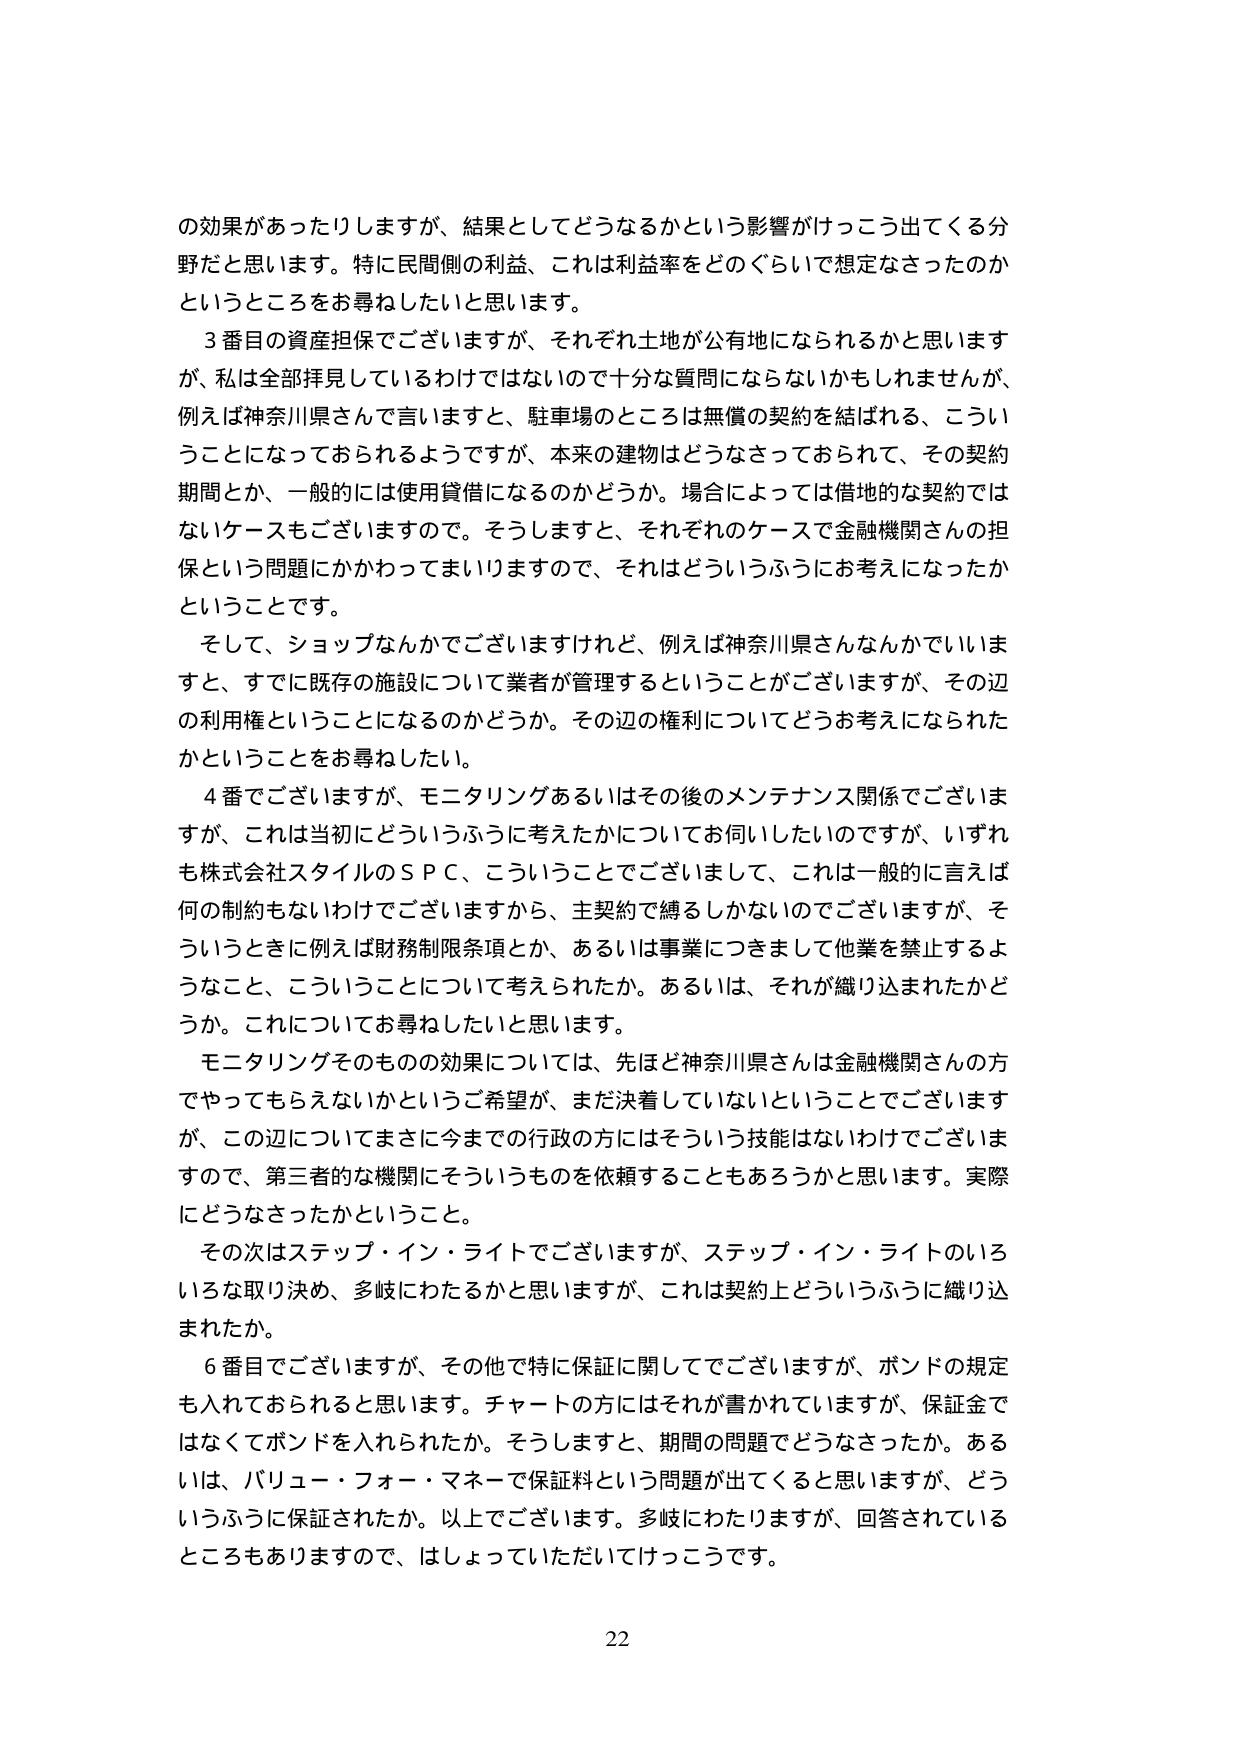
の効果があったりしますが、結果としてどうなるかという影響がけっこう出てくる分野だと思います。特に民間側の利益、これは利益率をどのぐらいで想定なさったのかというところをお尋ねしたいと思います。

３番目の資産担保でございますが、それぞれ土地が公有地になられるかと思いますが、私は全部拝見しているわけではないので十分な質問にならないかもしれませんが、例えば神奈川県さんで言いますと、駐車場のところは無償の契約を結ばれる、こういうことになっておられるようですが、本来の建物はどうなさっておられて、その契約期間とか、一般的には使用貸借になるのかどうか。場合によっては借地的な契約ではないケースもございますので。そうしますと、それぞれのケースで金融機関さんの担保という問題にかかってまいりますので、それはどういうふうにお考えになったかということです。

そして、ショップなんかでございますけれど、例えば神奈川県さんなんかでいいますと、すでに既存の施設について業者が管理するということがございますが、その辺の利用権ということになるのかどうか。その辺の権利についてどうお考えになられたかということをお尋ねしたい。

４番でございますが、モニタリングあるいはその後のメンテナンス関係でございますが、これは当初にどういうふうに考えたかについてお伺いしたいのですが、いずれも株式会社スタイルのＳＰＣ、こういうことでございまして、これは一般的に言えば何の制約もないわけでございますから、主契約で縛るしかないのですが、そういうときに例えば財務制限条項とか、あるいは事業につきまして他業を禁止するようなこと、こういうことについて考えられたか。あるいは、それが織り込まれたかどうか。これについてお尋ねしたいと思います。

モニタリングそのものの効果については、先ほど神奈川県さんは金融機関さんの方でやってもらえないかというご希望が、まだ決着していないということでございますが、この辺についてまさに今までの行政の方にはそういう技能はないわけでございますので、第三者的な機関にそういうものを依頼することもあろうかと思います。実際にどうなさったかということ。

その次はステップ・イン・ライトでございますが、ステップ・イン・ライトのいろいろな取り決め、多岐にわたるかと思いますが、これは契約上どういうふうに織り込まれたか。

６番目でございますが、その他で特に保証に関してでございますが、ボンドの規定も入れておられると思います。チャートの方にはそれが書かれていますが、保証金ではなくてボンドを入れられたか。そうしますと、期間の問題でどうなさったか。あるいは、バリュー・フォー・マネーで保証料という問題が出てくると思いますが、どういうふうに保証されたか。以上でございます。多岐にわたりますが、回答されているところもありますので、はしょっていただいてけっこうです。

22